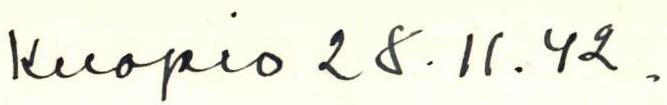
Kuopio 28.11.42.